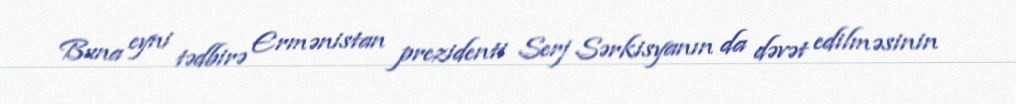
Buna eyni tədbirə Ermənistan prezidenti Serj Sərkisyanın da dəvət edilməsinin